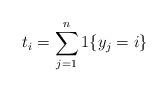
LaTeX: \begin{align*}t_i=\sum_{j=1}^{n}1\{y_j=i\} \end{align*}